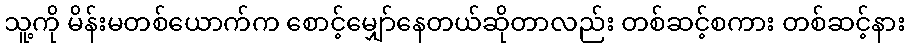
သူ့ကို မိန်းမတစ်ယောက်က စောင့်မျှော်နေတယ်ဆိုတာလည်း တစ်ဆင့်စကား တစ်ဆင့်နား